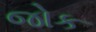
જોક